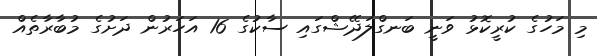
މި މަހުގެ ކުރީކޮޅު ވަނީ ބަނގްލަދޭޝްގައި ސާކުގެ 16 އަހަރުން ދަށުގެ މުބާރާތެއް